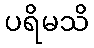
ပရိမသိ